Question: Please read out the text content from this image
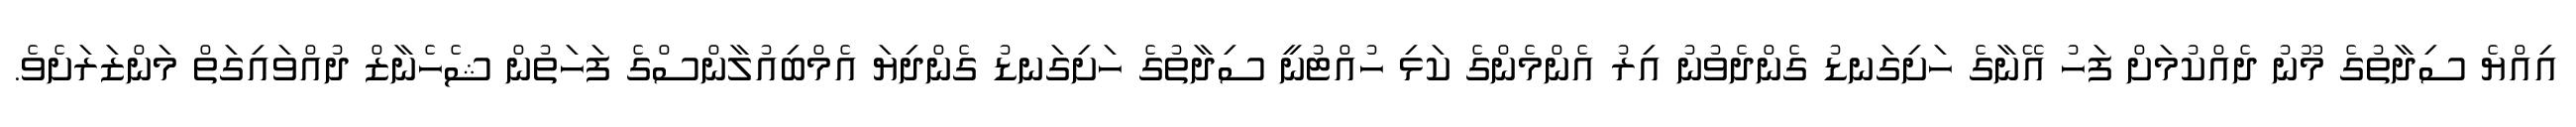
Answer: އިއްޔެ ސިދާތުގެ މޫނު ދެއްކުމަށް ފަހު އޭނާގެ ހަށިގަނޑު ގެންދެވުނު އިރު އެންމެންގެ ކަޅި ހުއްޓުނީ ސިދާތުގެ ހަށިގަނޑު ގެންދިޔަ އެމްބިއުލާންސްގެ ފަހަތުން ޝެހެނާޒް ދުއްވައިގަތް މަންޒަރަށެވެ.